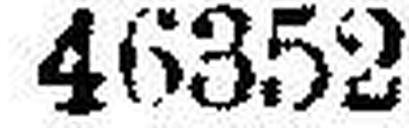
46352